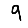
Digit: 9